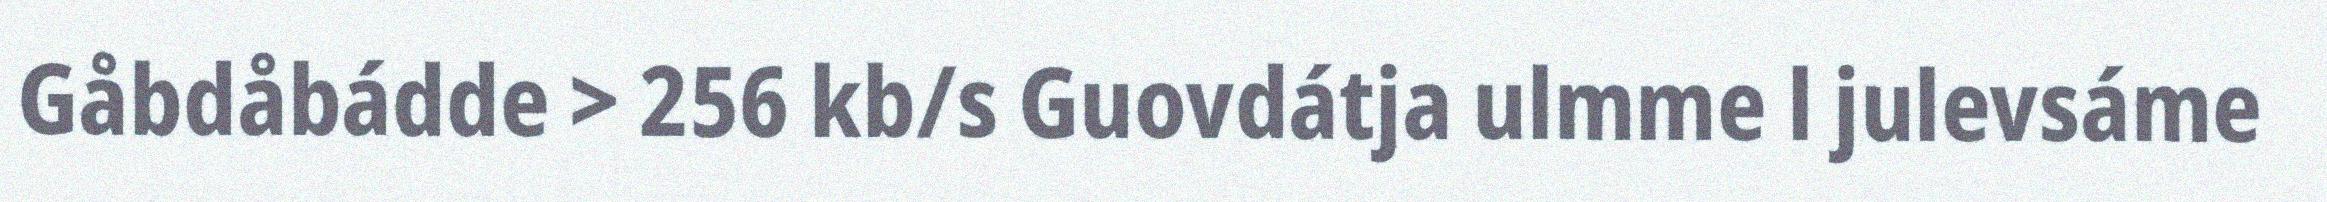
Gåbdåbádde > 256 kb/s Guovdátja ulmme l julevsáme